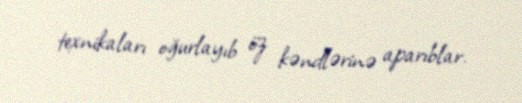
texnikaları oğurlayıb öz kəndlərinə aparıblar.